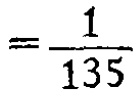
$=\frac{1}{135}$